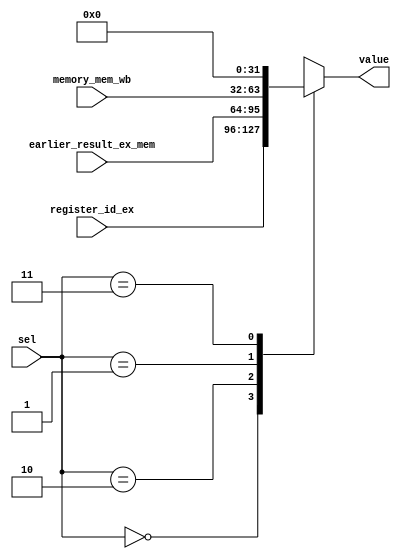
`timescale 1ns / 1ps
//////////////////////////////////////////////////////////////////////////////////
// Company: 
// Engineer: 
// 
// Design Name: 
// Module Name:    mux_3 
// Project Name: 
// Target Devices: 
// Tool versions: 
// Description: 
//
// Dependencies: 
//
// Revision: 
// Revision 0.01 - File Created
// Additional Comments: 
//
//////////////////////////////////////////////////////////////////////////////////
module mux_ex_3(
    input [31:0] register_id_ex,
    input [31:0] earlier_result_ex_mem,
    input [31:0] memory_mem_wb,
    input [1:0] sel,
	 output [31:0]value
    );
	 
 	 reg [31:0] aux = 0;
	 
	 always @(*)
	 begin
		case (sel)
		2'b00:
			aux = register_id_ex;
		2'b10:
			aux = earlier_result_ex_mem;		
		2'b01:
			aux = memory_mem_wb;
		2'b11:
			aux = 0;
		endcase
	 end

assign value = aux;

endmodule